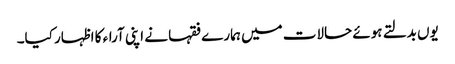
یوں بدلتے ہوئے حالات میں ہمارے فقہا نے اپنی آراء کا اظہار کیا۔